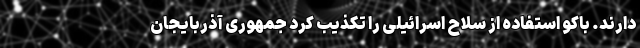
دارند. باکو استفاده از سلاح اسرائیلی را تکذیب کرد جمهوری آذربایجان